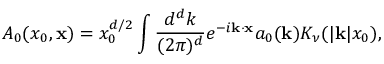
{ \cal A } _ { 0 } ( x _ { 0 } , { \bf x } ) = x _ { 0 } ^ { d / 2 } \int { \frac { d ^ { d } k } { ( 2 \pi ) ^ { d } } } e ^ { - i { \bf k } \cdot { \bf x } } a _ { 0 } ( { \bf k } ) K _ { \nu } ( | { \bf k } | x _ { 0 } ) ,